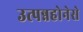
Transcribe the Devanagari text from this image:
उत्पन्नहोनेसे